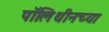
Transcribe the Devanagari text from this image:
पॉलिथीनच्या